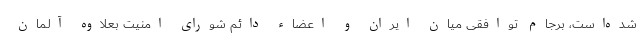
شده‌است، برجام توافقی میان ایران و اعضاء دائم شورای امنیت بعلاوه آلمان